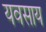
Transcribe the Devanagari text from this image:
यवसाय